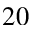
2 0